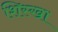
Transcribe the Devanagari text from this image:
शिस्खा